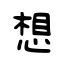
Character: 想